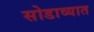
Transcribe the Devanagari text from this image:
सोडाव्यात